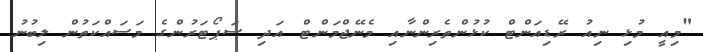
"މިއީ މުޅި ނިއު ރޭޑިއަންޓް ކުޅުންތެރިންނާއި މެނޭޖްމަންޓް އަދި ސަޕޯޓަރުންގެ މަސައްކަތުން ލިބުނު